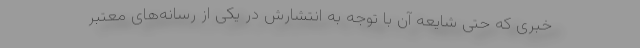
خبری که حتی شایعه آن با توجه به انتشارش در یکی از رسانه‌های معتبر